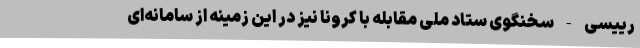
رییسی - سخنگوی ستاد ملی مقابله با کرونا نیز در این زمینه از سامانه‌ای